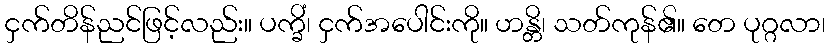
ငှက်တိန်ညင်ဖြင့်လည်း။ ပက္ခိံ၊ ငှက်အပေါင်းကို။ ဟန္တိ၊ သတ်ကုန်၏။ တေ ပုဂ္ဂလာ၊